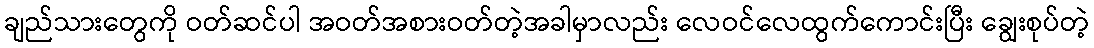
ချည်သားတွေကို ဝတ်ဆင်ပါ အဝတ်အစားဝတ်တဲ့အခါမှာလည်း လေဝင်လေထွက်ကောင်းပြီး ချွေးစုပ်တဲ့